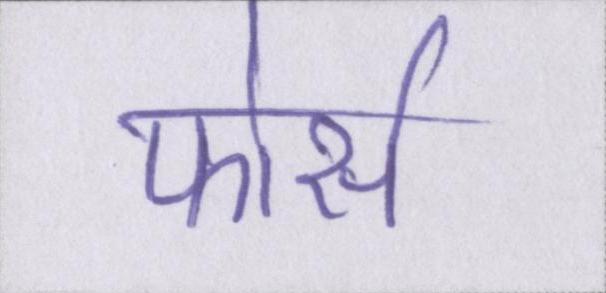
फोर्स